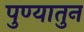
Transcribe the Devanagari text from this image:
पुण्यातुन